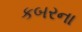
કબરના